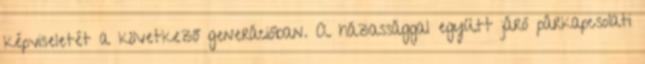
képviseletét a következő generációban. A házassággal együtt járó párkapcsolati